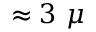
\approx 3 ~ \mu